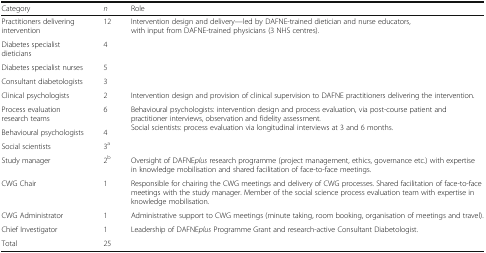
| Category | n | Role |
 | --- | --- | --- |
 | Practitioners delivering intervention | 12 | <ROWSPAN=4> Intervention design and delivery—led by DAFNE-trained dietician and nurse educators, with input from DAFNE-trained physicians (3 NHS centres). |
 | Diabetes specialist dieticians | 4 |
 | Diabetes specialist nurses | 5 |
 | Consultant diabetologists | 3 |
 | Clinical psychologists | 2 | Intervention design and provision of clinical supervision to DAFNE practitioners delivering the intervention. |
 | Process evaluation research teams | 6 | <ROWSPAN=3> Behavioural psychologists: intervention design and process evaluation, via post-course patient and practitioner interviews, observation and fidelity assessment.Social scientists: process evaluation via longitudinal interviews at 3 and 6 months. |
 | Behavioural psychologists | 4 |
 | Social scientists | 3a |
 | Study manager | 2b | Oversight of DAFNEplus research programme (project management, ethics, governance etc.) with expertise in knowledge mobilisation and shared facilitation of face-to-face meetings. |
 | CWG Chair | 1 | Responsible for chairing the CWG meetings and delivery of CWG processes. Shared facilitation of face-to-face meetings with the study manager. Member of the social science process evaluation team with expertise in knowledge mobilisation. |
 | CWG Administrator | 1 | Administrative support to CWG meetings (minute taking, room booking, organisation of meetings and travel). |
 | Chief Investigator | 1 | Leadership of DAFNEplus Programme Grant and research-active Consultant Diabetologist. |
 | Total | 25 |  |